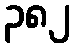
၃၈၂